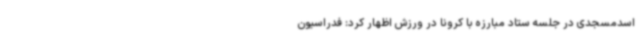
اسدمسجدی در جلسه ستاد مبارزه با کرونا در ورزش اظهار کرد: فدراسیون